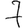
Digit: 7